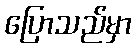
ပြောသည်မှာ